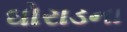
ઘોરાડના